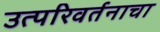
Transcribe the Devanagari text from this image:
उत्परिवर्तनाचा